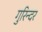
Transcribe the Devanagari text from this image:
गुरिन्दर